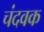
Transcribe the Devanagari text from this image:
चंदवक